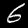
Digit: 6